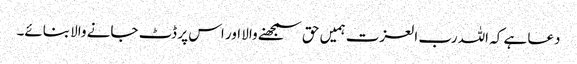
دعا ہے کہ اللہ رب العزت ہمیں حق سمجھنے والا اور اس پر ڈٹ جانے والا بنائے۔